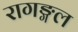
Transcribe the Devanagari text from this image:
रागङ्गल